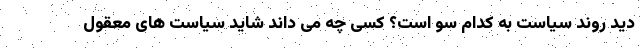
دید روند سیاست به کدام سو است؟ کسی چه می داند شاید سیاست های معقول